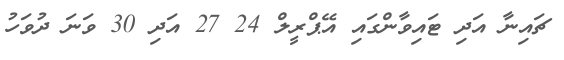
ޗައިނާ އަދި ޓައިވާންގައި އޭޕްރީލް 24 27 އަދި 30 ވަނަ ދުވަހު